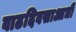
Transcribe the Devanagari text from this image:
वाढदिवसाआधी